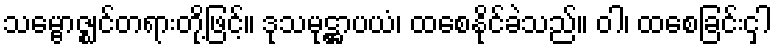
သမ္ဗောဇ္ဈင်တရားတို့ဖြင့်။ ဒုသမုဋ္ဌာပယံ၊ ထစေနိုင်ခဲသည်။ ဝါ၊ ထစေခြင်းငှါ